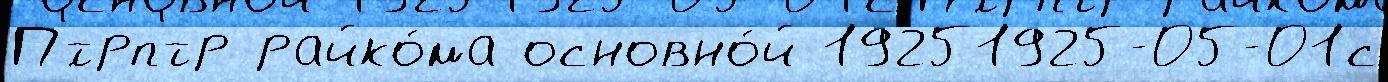
П'́трп'тр райко́ма основно́й 19251925-05-01с